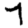
Digit: 7